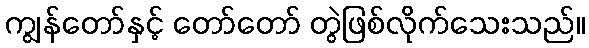
ကျွန်တော်နှင့် တော်တော် တွဲဖြစ်လိုက်သေးသည်။